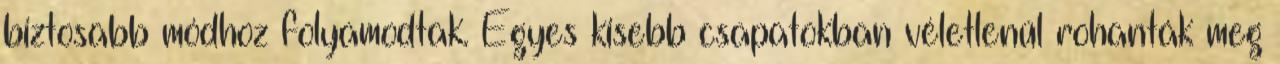
biztosabb módhoz folyamodtak. Egyes kisebb csapatokban véletlenül rohanták meg